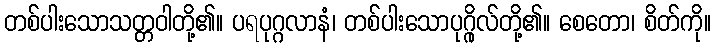
တစ်ပါးသောသတ္တဝါတို့၏။ ပရပုဂ္ဂလာနံ၊ တစ်ပါးသောပုဂ္ဂိုလ်တို့၏။ စေတော၊ စိတ်ကို။